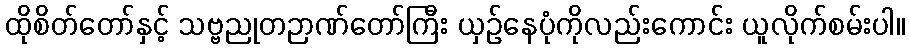
ထိုစိတ်တော်နှင့် သဗ္ဗညုတဉာဏ်တော်ကြီး ယှဉ်နေပုံကိုလည်းကောင်း ယူလိုက်စမ်းပါ။